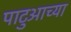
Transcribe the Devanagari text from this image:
पाटुआच्या